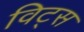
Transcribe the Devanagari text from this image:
विट्स